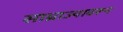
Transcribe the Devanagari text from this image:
साम्राज्यावरून